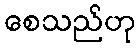
စေသည်ဟု